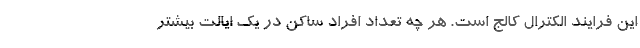
این فرایند الکترال کالج است. هر چه تعداد افراد ساکن در یک ایالت بیشتر